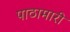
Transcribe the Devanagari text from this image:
पाठामारी